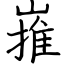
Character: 嶊